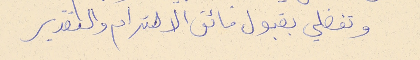
وتفضلي بقبول فائق الاحترام والتقدير